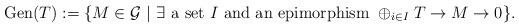
LaTeX: \begin{align*}{\rm Gen}(T):=\{M \in \mathcal{G}\ |\ \exists \textrm{ a set } I \textrm{ and an epimorphism } \oplus_{i \in I} T \to M \to 0 \}.\end{align*}